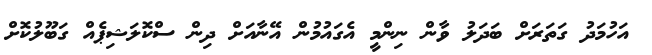
އަހުމަދު ގަތަރަށް ބަދަލު ވާން ނިންމީ އެގައުމުން އޭނާއަށް ދިން ސްކޮލަޝިޕެއް ގަބޫލުކޮށް